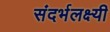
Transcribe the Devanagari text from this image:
संदर्भलक्ष्यी